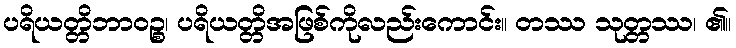
ပရိယတ္တိဘာဝဉ္စ၊ ပရိယတ္တိအဖြစ်ကိုလည်းကောင်း။ တဿ သုတ္တဿ၊ ၏။